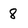
Character: 8